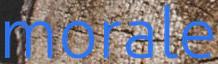
morale